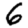
Digit: 6